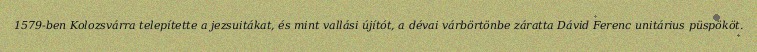
1579-ben Kolozsvárra telepítette a jezsuitákat, és mint vallási újítót, a dévai várbörtönbe záratta Dávid Ferenc unitárius püspököt.